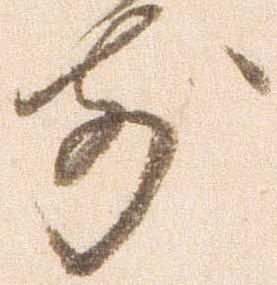
前